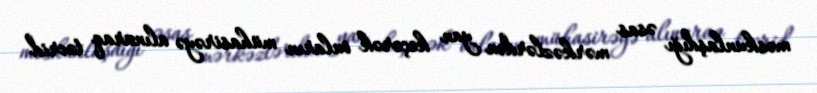
məskunlaşdığı əsas mərkəzlərdən yan keçərək onların mühasirəyə alınaraq təcrid